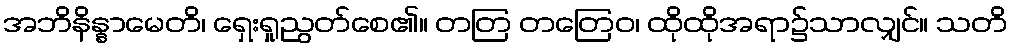
အဘိနိန္နာမေတိ၊ ရှေးရှုညွတ်စေ၏။ တတြ တတြေဝ၊ ထိုထိုအရာ၌သာလျှင်။ သတိ